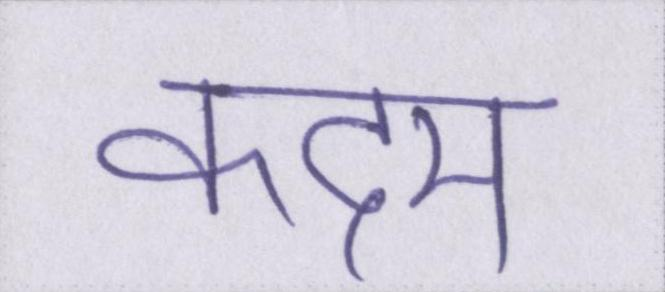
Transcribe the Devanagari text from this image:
कदम